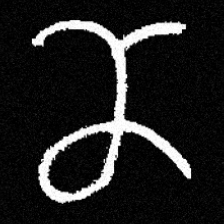
Pyu character \u2014 Myanmar letter: ဏ (romanized: nna)